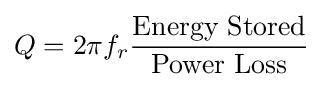
Q=2\pi f_{r}{\frac {\text{Energy Stored}}{\text{Power Loss}}}